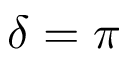
\delta = \pi